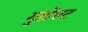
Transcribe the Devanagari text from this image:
गुडोएट